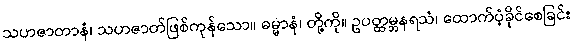
သဟဇာတာနံ၊ သဟဇာတ်ဖြစ်ကုန်သော။ ဓမ္မာနံ၊ တို့ကို။ ဥပတ္ထမ္ဘနရသံ၊ ထောက်ပံ့ခိုင်စေခြင်း